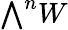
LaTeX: \textstyle{\bigwedge}^{n}W